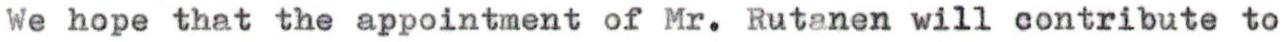
We hope that the appointment of Mr. Rutanen will contribute to